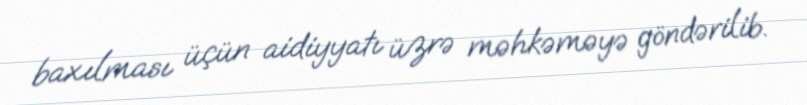
baxılması üçün aidiyyatı üzrə məhkəməyə göndərilib.